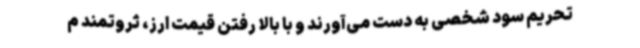
تحریم سود شخصی به دست می‌آورند و با بالا رفتن قیمت ارز، ثروتمند م